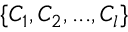
\{ C _ { 1 } , C _ { 2 } , . . . , C _ { l } \}